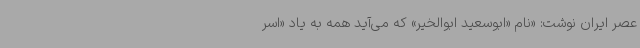
عصر ایران نوشت: «نام «ابوسعید ابوالخیر» که می‌آید همه به یاد «اسر